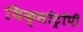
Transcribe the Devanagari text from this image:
थिक्सोट्रॉपी